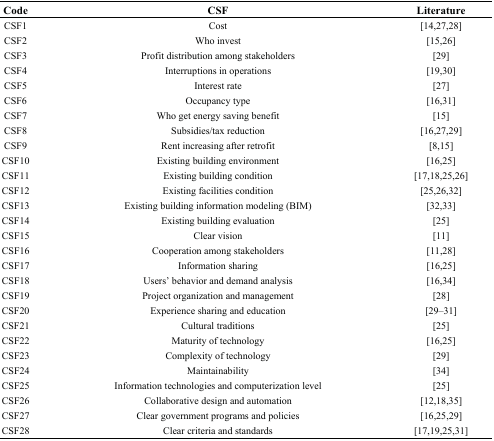
<table><thead><tr><td><b>Code</b></td><td><b>CSF</b></td><td><b>Literature</b></td></tr></thead><tbody><tr><td>CSF1</td><td>Cost</td><td>[14,27,28]</td></tr><tr><td>CSF2</td><td>Who invest</td><td>[15,26]</td></tr><tr><td>CSF3</td><td>Profit distribution among stakeholders</td><td>[29]</td></tr><tr><td>CSF4</td><td>Interruptions in operations</td><td>[19,30]</td></tr><tr><td>CSF5</td><td>Interest rate</td><td>[27]</td></tr><tr><td>CSF6</td><td>Occupancy type</td><td>[16,31]</td></tr><tr><td>CSF7</td><td>Who get energy saving benefit</td><td>[15]</td></tr><tr><td>CSF8</td><td>Subsidies/tax reduction</td><td>[16,27,29]</td></tr><tr><td>CSF9</td><td>Rent increasing after retrofit</td><td>[8,15]</td></tr><tr><td>CSF10</td><td>Existing building environment</td><td>[16,25]</td></tr><tr><td>CSF11</td><td>Existing building condition</td><td>[17,18,25,26]</td></tr><tr><td>CSF12</td><td>Existing facilities condition</td><td>[25,26,32]</td></tr><tr><td>CSF13</td><td>Existing building information modeling (BIM)</td><td>[32,33]</td></tr><tr><td>CSF14</td><td>Existing building evaluation</td><td>[25]</td></tr><tr><td>CSF15</td><td>Clear vision</td><td>[11]</td></tr><tr><td>CSF16</td><td>Cooperation among stakeholders</td><td>[11,28]</td></tr><tr><td>CSF17</td><td>Information sharing</td><td>[16,25]</td></tr><tr><td>CSF18</td><td>Users’ behavior and demand analysis</td><td>[16,34]</td></tr><tr><td>CSF19</td><td>Project organization and management</td><td>[28]</td></tr><tr><td>CSF20</td><td>Experience sharing and education</td><td>[29,30,31]</td></tr><tr><td>CSF21</td><td>Cultural traditions</td><td>[25]</td></tr><tr><td>CSF22</td><td>Maturity of technology</td><td>[16,25]</td></tr><tr><td>CSF23</td><td>Complexity of technology</td><td>[29]</td></tr><tr><td>CSF24</td><td>Maintainability</td><td>[34]</td></tr><tr><td>CSF25</td><td>Information technologies and computerization level</td><td>[25]</td></tr><tr><td>CSF26</td><td>Collaborative design and automation</td><td>[12,18,35]</td></tr><tr><td>CSF27</td><td>Clear government programs and policies</td><td>[16,25,29]</td></tr><tr><td>CSF28</td><td>Clear criteria and standards</td><td>[17,19,25,31]</td></tr></tbody></table>